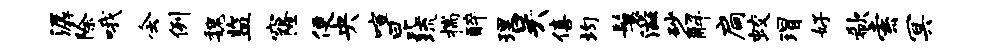
潺除哦会例魏监窿便央喧昆琉揣醉理吴僖均鬟滋砂解扃蛟瑁好欷索冥